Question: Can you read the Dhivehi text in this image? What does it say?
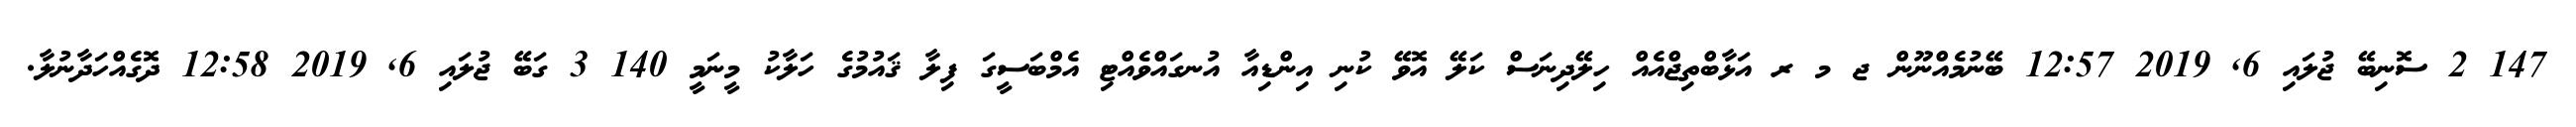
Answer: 147 2 ސޮނިބޭ ޖުލައި 6, 2019 12:57 ބޭނުމެއްނޫން ޖ މ ރ އަޅާބްތިޖްއެއް ހިލޭދިނަސް ކަލޭ އޮވޭ ކުނި އިންޑިއާ އުނގައްވެއްޓި އެމްބަސީގަ ފިލާ ޤައުމުގެ ހަލާކު މީނަމީ 140 3 ގަބޭ ޖުލައި 6, 2019 12:58 ދޮގެއްހަދާނުލާ.